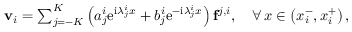
\begin{array} { r } { \mathbf { v } _ { i } = \sum _ { j = - K } ^ { K } \left( a _ { j } ^ { i } \mathrm { e } ^ { \mathrm { i } \lambda _ { j } ^ { i } x } + b _ { j } ^ { i } \mathrm { e } ^ { - \mathrm { i } \lambda _ { j } ^ { i } x } \right) \mathbf { f } ^ { j , i } , \quad \forall \, x \in \left( x _ { i } ^ { - } , x _ { i } ^ { + } \right) , } \end{array}